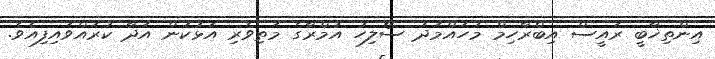
އިންތިޚާބީ ރައީސް އިބްރާހިމް މުހައްމަދު ސޯލިހު އުމްރާގެ މަތިވެރި އަޅުކަން އަދާ ކުރައްވައިފިއެވެ.